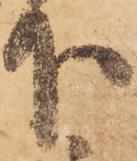
下